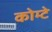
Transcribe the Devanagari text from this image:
कोम्टे